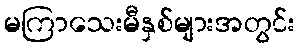
မကြာသေးမီနှစ်များအတွင်း